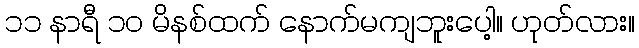
၁၁ နာရီ ၁၀ မိနစ်ထက် နောက်မကျဘူးပေါ့။ ဟုတ်လား။